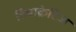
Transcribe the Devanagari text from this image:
हिपाक्रेटिज